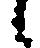
候